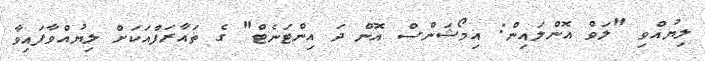
ލިޔުއްވި "ލަވް އޮންލައިން: އިމޯޝަންސް އޮން ދަ އިންޓަނެޓް" ގެ ތައާރަފްއަކަށް ލިޔުއްވާފައިވާ